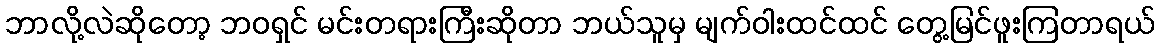
ဘာလို့လဲဆိုတော့ ဘဝရှင် မင်းတရားကြီးဆိုတာ ဘယ်သူမှ မျက်ဝါးထင်ထင် တွေ့မြင်ဖူးကြတာရယ်